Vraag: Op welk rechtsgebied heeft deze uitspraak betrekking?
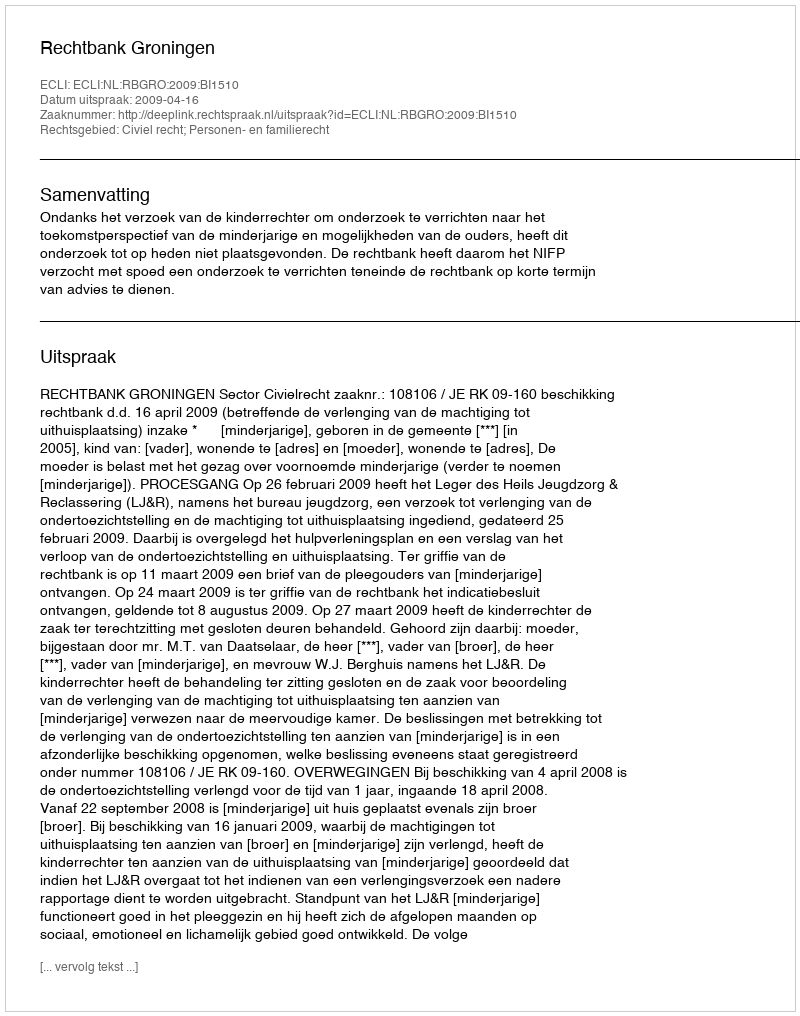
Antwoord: Civiel recht; Personen- en familierecht